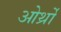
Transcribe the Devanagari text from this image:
ओर्थ्रो